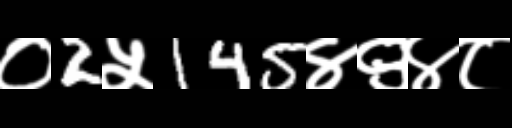
Text: ०2५145४९४८